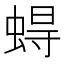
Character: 𧍋